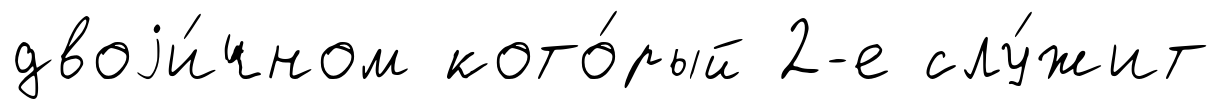
двоjи́чном кото́рый 2-е слу́жит